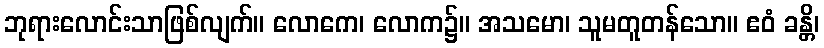
ဘုရားလောင်းသာဖြစ်လျက်။ လောကေ၊ လောက၌။ အသမော၊ သူမတူတန်သော။ ဧဝံ ခန္တိ၊